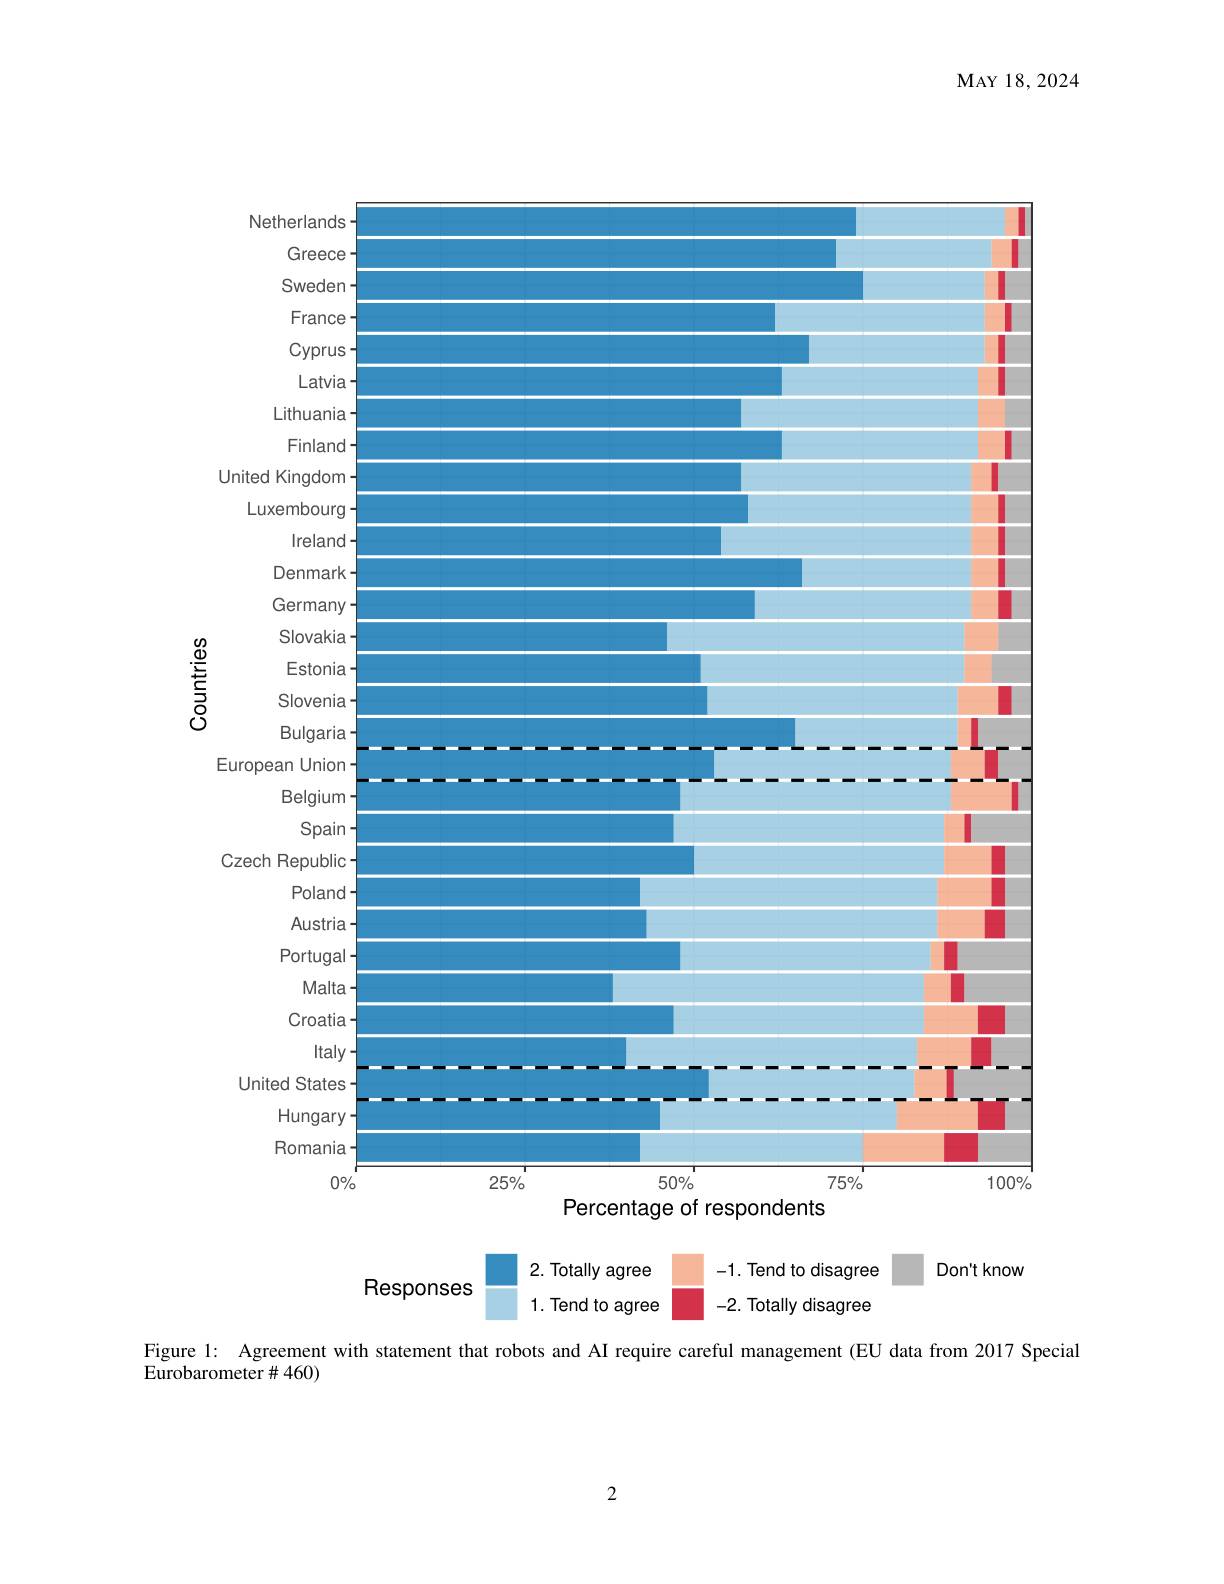
MAY18,2024

<FigureHere>
Percentage of respondents

2. Totally agree

-1. Tend to disagree   Don't know

Responses

1. Tend to agree

-2. Totally disagree

Figure 1: Agreement with statement that robots and AI require careful management (EU data from 2017 Special

Eurobarometer $\#460)$

2